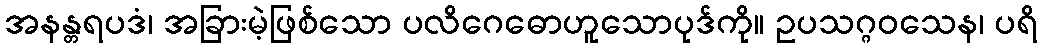
အနန္တရပဒံ၊ အခြားမဲ့ဖြစ်သော ပလိဂေဓောဟူသောပုဒ်ကို။ ဥပသဂ္ဂဝသေန၊ ပရိ